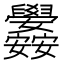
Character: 𮍳